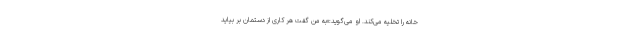
خانه را تخلیه می‌کند. او می‌گوید:«به من گفت هر کاری از دستمان بر بیاید